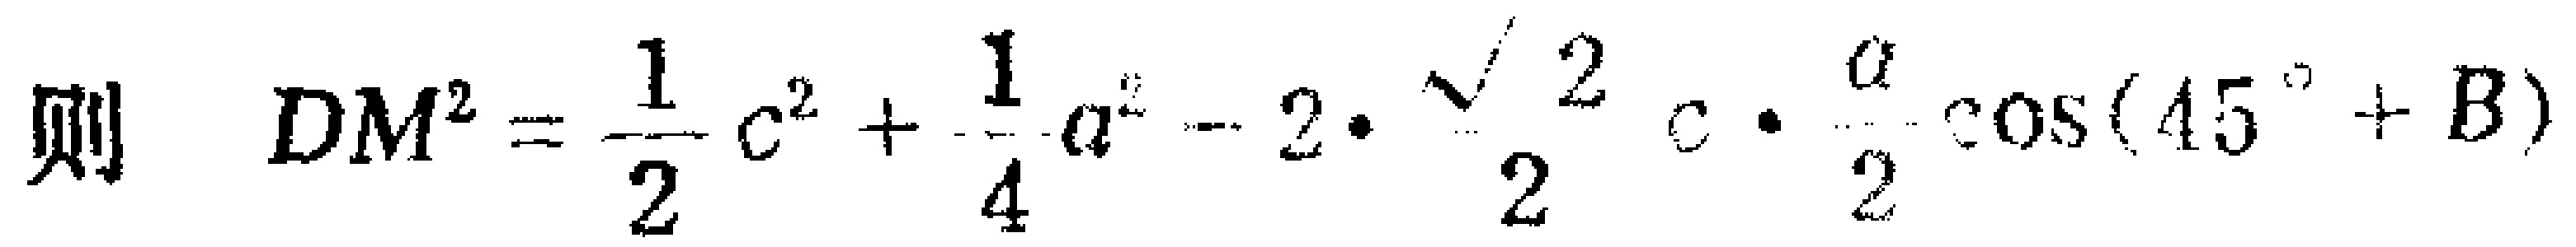
则 \(DM^{2}=\frac{1}{2}c^{2}+\frac{1}{4}a^{2}-2\cdot\frac{\sqrt{2}}{2}c\cdot\frac{a}{2}\cos(45^{\circ}+B)\)